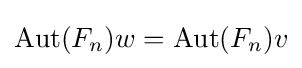
\operatorname {Aut} (F_{n})w=\operatorname {Aut} (F_{n})v